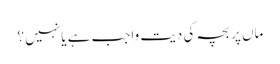
ماں پر بچہ کی دیت واجب ہے یا نہیں ؟